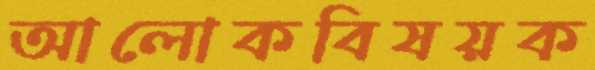
আলোকবিষয়ক